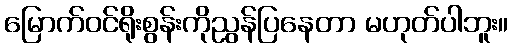
မြောက်ဝင်ရိုးစွန်းကိုညွန်ပြနေတာ မဟုတ်ပါဘူး။